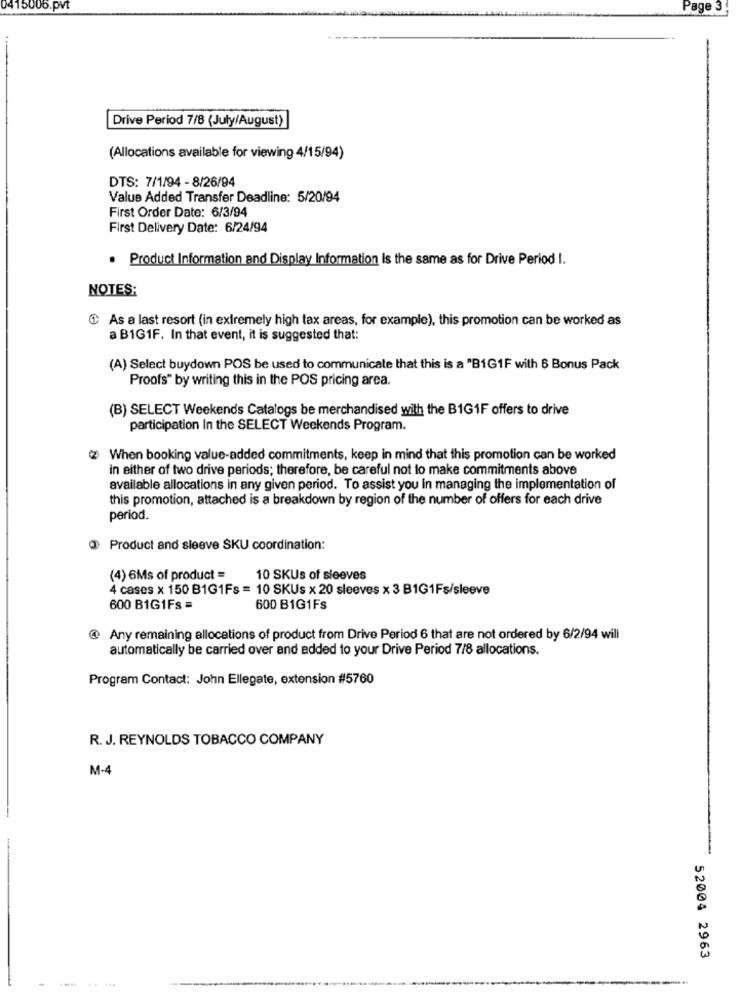
0415006.pvt
Page 3
Drive Period 7/8 (July/August)
(Allocations available for viewing 4/15/94)
DTS: 7/1/94 - 8/26/94
Value Added Transfer Deadline: 5/20/94
First Order Date: 6/3/94
First Delivery Date: 6/24/94
Product Information and Display Information Is the same as for Drive Period I.
NOTES:
@ As a last resort (in extremely high tax areas, for example), this promotion can be worked as
a B1G1F. In that event, it is suggested that:
(A) Select buydown POS be used to communicate that this is a "B1G1F with 6 Bonus Pack
Proofs" by writing this in the POS pricing area.
(B) SELECT Weekends Catalogs be merchandised with the BIG1F offers to drive
participation In the SELECT Weekends Program.
When booking value-added commitments, keep in mind that this promotion can be worked
in either of two drive periods; therefore, be careful not to make commitments above
available allocations in any given period. To assist you in managing the implementation of
this promotion, attached is a breakdown by region of the number of offers for each drive
period.
Product and sleeve SKU coordination:
(4) 6Ms of product =
10 SKUs of sleeves
4 cases x 150 B1G1Fs = 10 SKUs x 20 sleeves x 3 B1G1Fs/sleeve
600 B1G1Fs =
600 B1G1Fs
Any remaining allocations of product from Drive Period 6 that are not ordered by 6/2/94 will
automatically be carried over and added to your Drive Period 7/8 allocations.
Program Contact: John Ellegate, extension #5760
R. J. REYNOLDS TOBACCO COMPANY
M-4
52004 2963